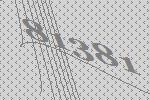
81381